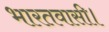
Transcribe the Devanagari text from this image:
भारतवासी।